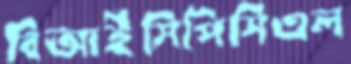
বিআইসিপিসিএল